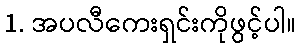
1. အပလီကေးရှင်းကိုဖွင့်ပါ။